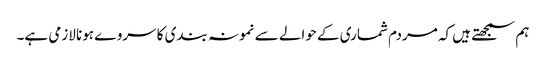
ہم سمجھتے ہیں کہ مردم شماری کے حوالے سے نمونہ بندی کا سروے ہونا لازمی ہے۔